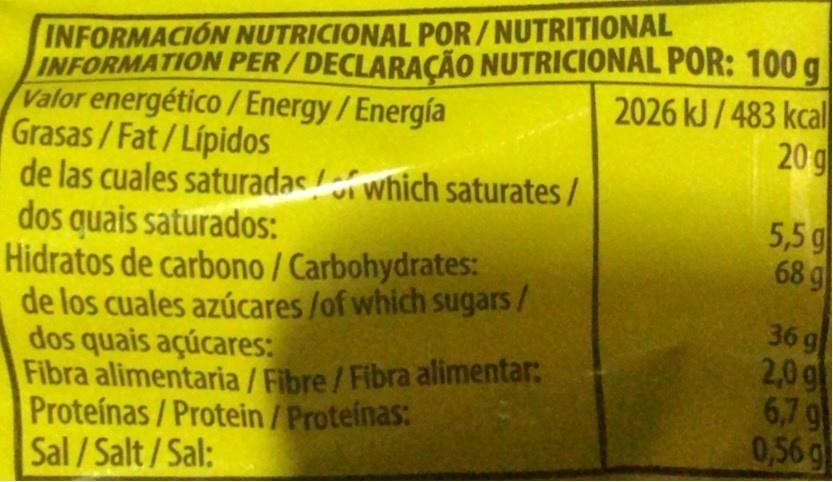
INFORMACION NUTRICIONAL POR /NUTRITIONAL INFORMATION PER/DECLARAÇÃO NUTRICIONAL POR: 100 g Valor energético/ Energy/Energía Grasas/Fat/Lípidos de las cuales saturadas which saturates / dos quais saturados: Hidratos de carbono / Carbohydrates: de los cuales azúcares /of which sugars/ dos quais açúcares: Fibra alimentaria / Fibre/Fibra alimentar: Proteínas/Protein/Proteinas: Sal/Salt/Sal:
2026 kJ /483 kcal| 20 g
5,5 g 68 g
36 9 2,0 gl 6,7g 0,56 g